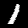
Digit: 1